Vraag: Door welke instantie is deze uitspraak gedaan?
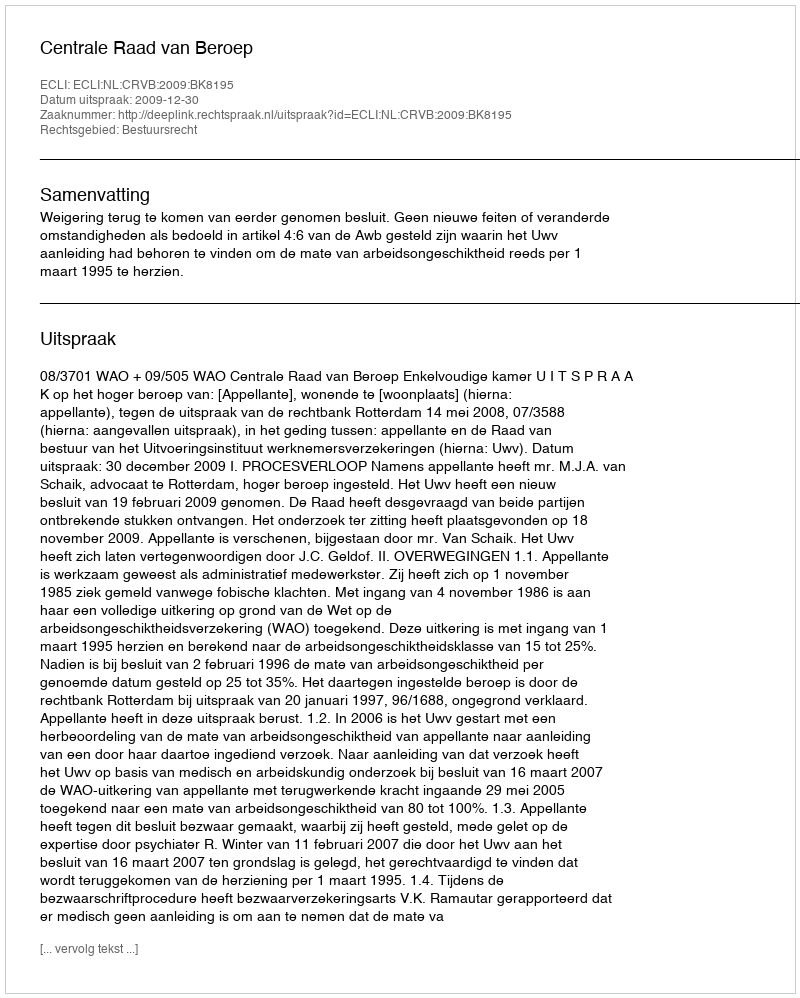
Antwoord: Centrale Raad van Beroep